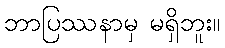
ဘာပြဿနာမှ မရှိဘူး။